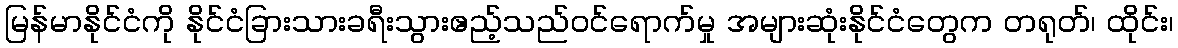
မြန်မာနိုင်ငံကို နိုင်ငံခြားသားခရီးသွားဧည့်သည်ဝင်ရောက်မှု အများဆုံးနိုင်ငံတွေက တရုတ်၊ ထိုင်း၊